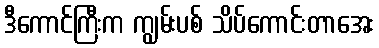
ဒီကောင်ကြီးက ကျွမ်းပစ် သိပ်ကောင်းတာအေး